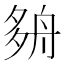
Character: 𡖫